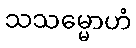
သသမ္မောဟံ